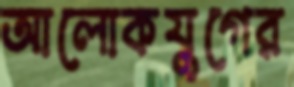
আলোকযুগের